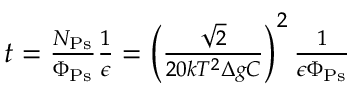
\begin{array} { r } { t = \frac { N _ { \mathrm { P s } } } { \Phi _ { \mathrm { P s } } } \frac { 1 } { \epsilon } = \left( \frac { \sqrt { 2 } } { 2 0 k T ^ { 2 } \Delta g C } \right) ^ { 2 } \frac { 1 } { \epsilon \Phi _ { \mathrm { P s } } } } \end{array}